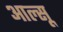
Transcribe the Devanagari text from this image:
आल्सू